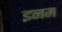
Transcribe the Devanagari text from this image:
इनम